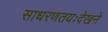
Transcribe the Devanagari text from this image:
साधरणतयःदेखने